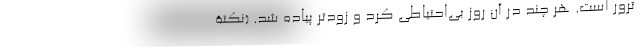
ترور است. هر چند در آن روز بی‌احتیاطی کرد و زودتر پیاده شد. (نکتۀ